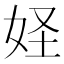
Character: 𱙍